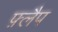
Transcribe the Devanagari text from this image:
फ़्लैप